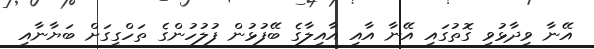
އޭނާ ވިދާޅުވި ގޮތުގައި އޭނާ އާއި އާއިލާގެ ބޭފުޅުން ފުލުހުންގެ ތަހްގީގަށް ބަޔާނާއި